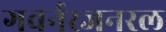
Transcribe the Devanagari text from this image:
गवर्नरजनरल